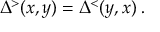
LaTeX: \Delta ^ { > } ( x , y ) = \Delta ^ { < } ( y , x ) \; .